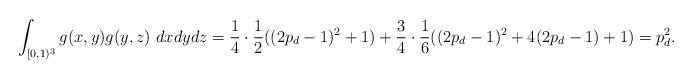
LaTeX: \begin{align*}\int_{[0,1)^3} g(x,y)g(y,z) ~ dx dy dz =\frac{1}{4}\cdot \frac{1}{2}((2p_d-1)^2+1)+\frac{3}{4} \cdot \frac{1}{6} ((2p_d-1)^2+4(2p_d-1)+1) =p_d^2. \end{align*}